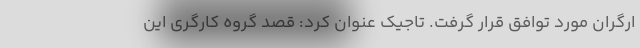
ارگران مورد توافق قرار گرفت. تاجیک عنوان کرد: قصد گروه کارگری این